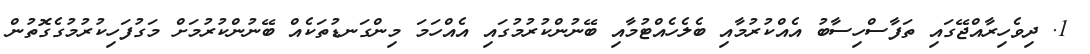
1. ދިވެހިރާއްޖޭގައި ތަފާސްހިސާބު އެއްކުރުމާއި ބެލެހެއްޓުމާއި ބޭނުންކުރުމުގައި އެއްހަމަ މިންގަނޑުތަކެއް ބޭނުންކުރުމަށް މަގުފަހިކުރުމުގެގޮތުން